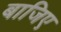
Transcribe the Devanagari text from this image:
बाजिए